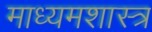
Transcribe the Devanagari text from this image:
माध्यमशास्त्र